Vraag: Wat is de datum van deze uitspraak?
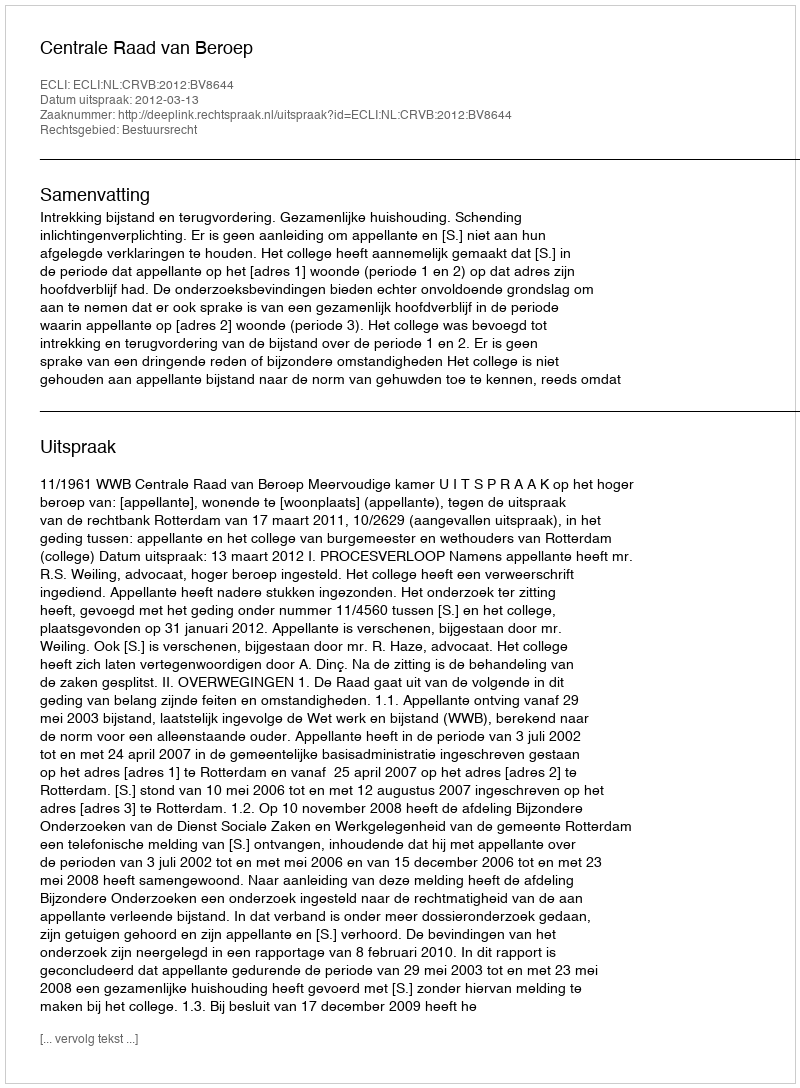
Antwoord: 2012-03-13